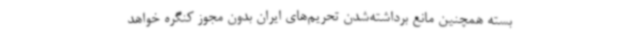
بسته همچنین مانع برداشته‌شدن تحریم‌های ایران بدون‌ مجوز کنگره خواهد